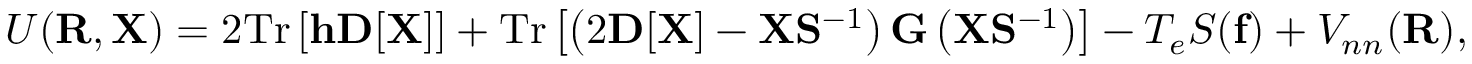
{ \displaystyle { \cal U } ( { \bf R } , { \bf X } ) = 2 \mathrm { T r } \left[ { \bf h } { \bf D } [ { \bf X } ] \right] + \mathrm { T r } \left[ \left( 2 { \bf D } [ { \bf X } ] - { \bf X } { \bf S } ^ { - 1 } \right) { \bf G } \left( { \bf X } { \bf S } ^ { - 1 } \right) \right] - T _ { e } { \cal S } ( { \bf f } ) + V _ { n n } ( { \bf R } ) } ,